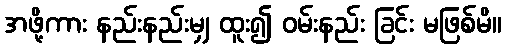
အဖို့ကား နည်းနည်းမျှ ထူး၍ ဝမ်းနည်း ခြင်း မဖြစ်မိ။